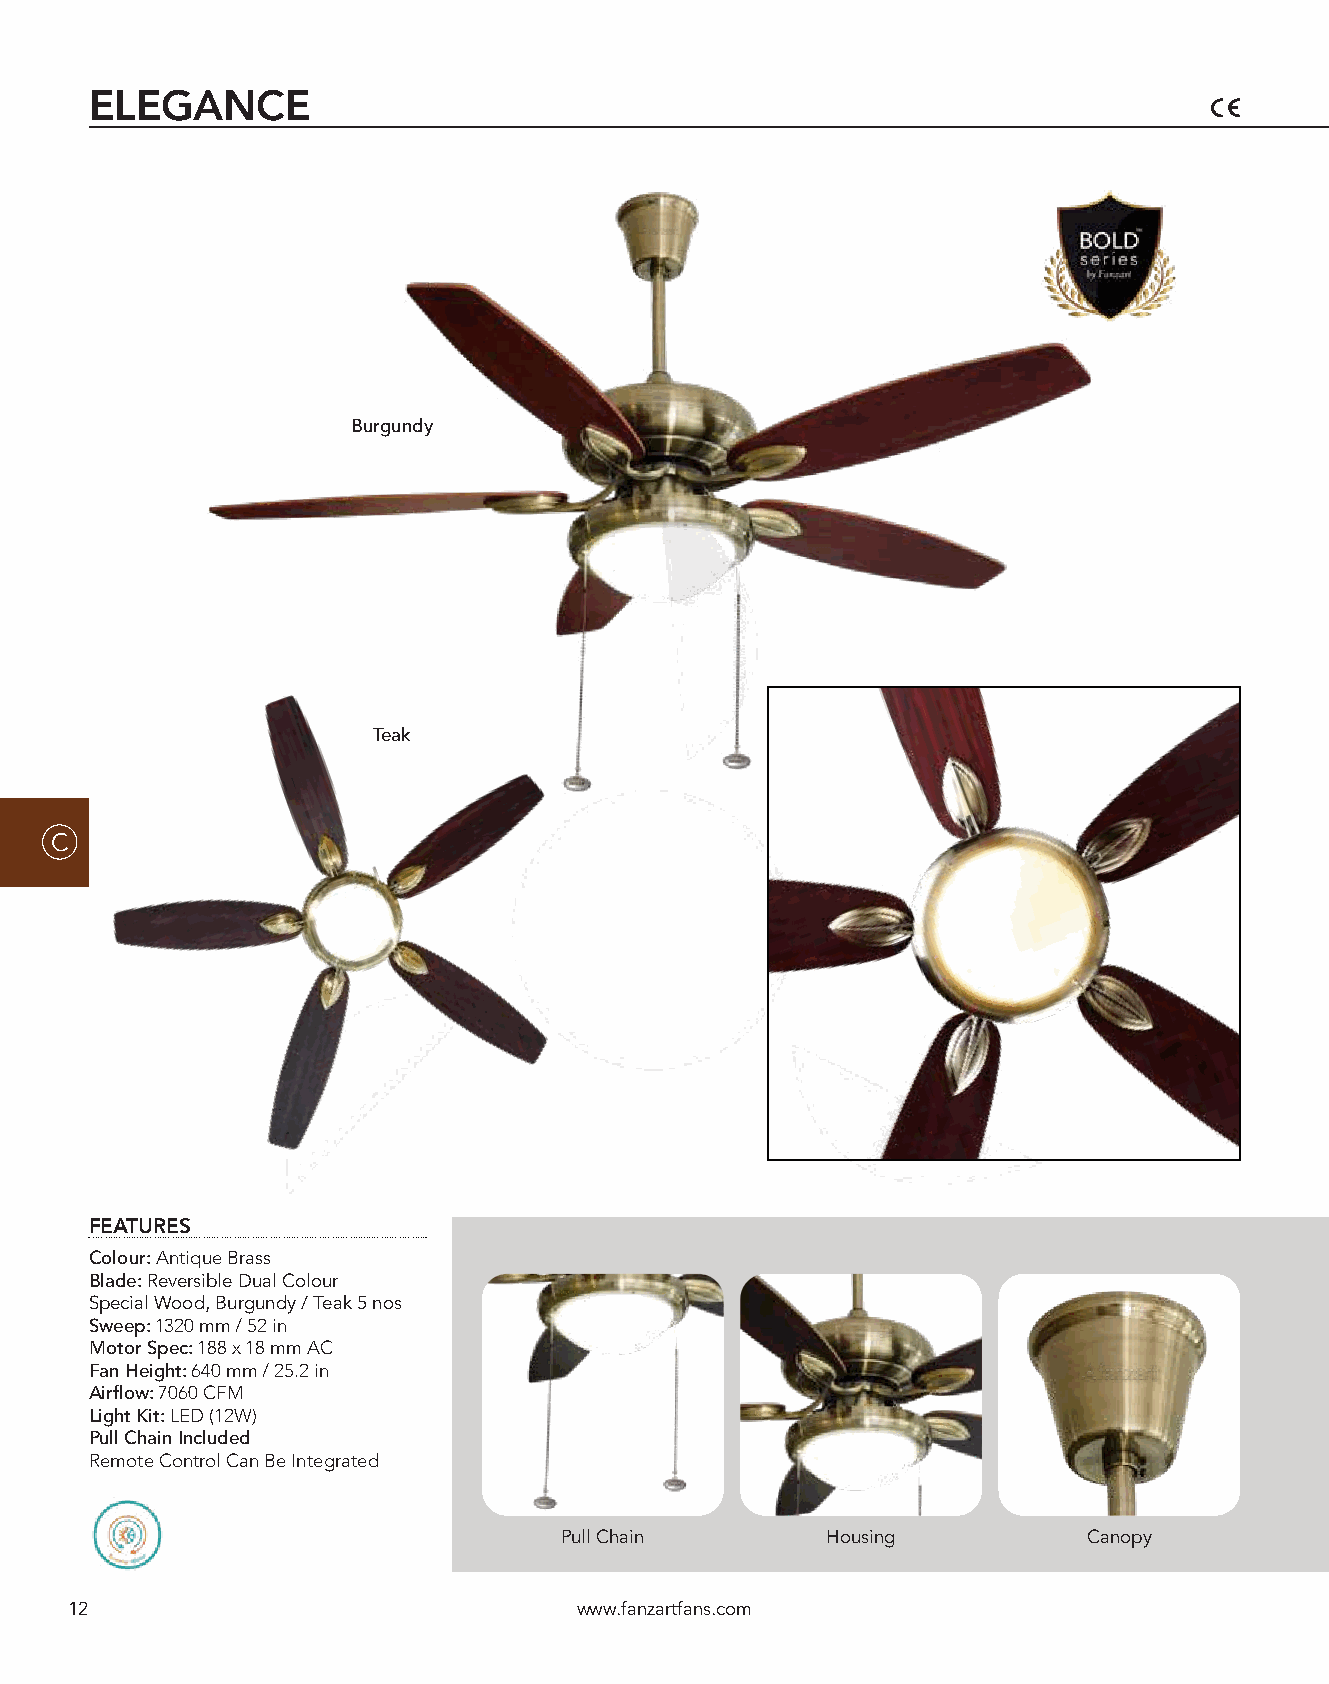
ELEGANCE
 Burgundy
 Teak
 C
 FEATURES
 Colour: Antique Brass
 Blade: Reversible Dual Colour
 Special Wood, Burgundy / Teak 5 nos
 Sweep: 1320 mm / 52 in
 Motor Spec: 188 x 18 mm AC
 Fan Height: 640 mm / 25.2 in
 Airflow: 7060 CFM
 Light Kit: LED (12W)
 Pull Chain Included
 Remote Control Can Be Integrated
 Pull Chain        Housing          Canopy
 12                                www.fanzartfans.com